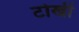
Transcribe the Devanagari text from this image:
टोखी